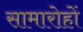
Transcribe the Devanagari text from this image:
सामारोहों